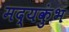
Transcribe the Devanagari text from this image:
मद्यकुंभ